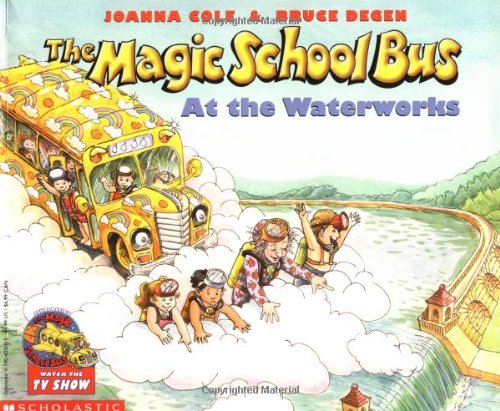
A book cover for The Magic School Bus At The Waterworks; Joanna Cole; Science & Math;